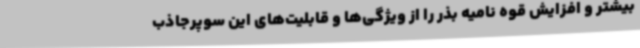
بیشتر و افزایش قوه نامیه بذر را از ویژگی‌ها و قابلیت‌های این سوپرجاذب